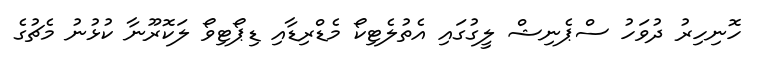
ހޮނިހިރު ދުވަހު ސްޕެނިޝް ލީގުގައި އެތުލެޓިކޯ މެޑްރިޑާއި ޑިޕޯޓިވޯ ލަކޮރޫނާ ކުޅުނު މެޗުގެ